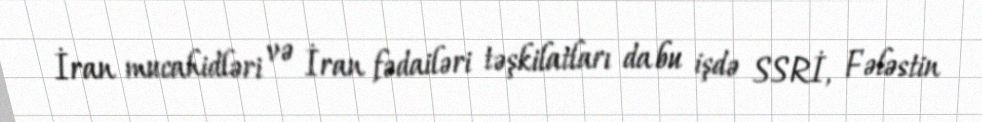
İran mucahidləri və İran fədailəri təşkilatları da bu işdə SSRİ, Fələstin